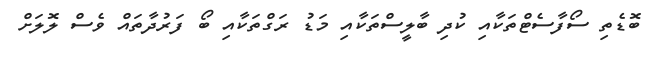
ބޮޑެތި ސޯފާސެޓްތަކާއި ކުދި ބާލީސްތަކާއި މަޑު ރަގްތަކާއި ބޯ ފަރުދާތައް ވެސް ލޮލަށް